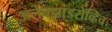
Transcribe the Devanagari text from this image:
अलेक्झांडरोव्हिच